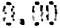
0.00